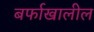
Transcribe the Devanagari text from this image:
बर्फाखालील